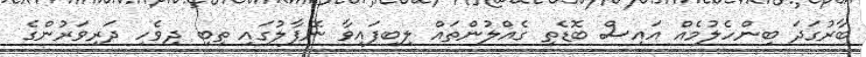
ބާރުގަދަ ބިންހެލުމެއް އައިސް ބޮޑެތި ގެއްލުންތައް ލިބިފައިވާ ނޭޕާލުގައި ތިބި ދިވެހި ދަރިވަރުންގެ